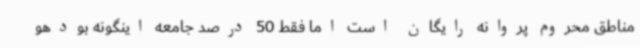
مناطق محروم پروانه رایگان است اما فقط 50 درصد جامعه اینگونه بودهو